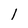
Character: 1